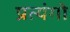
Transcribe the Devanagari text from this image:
प्रत्यंगो